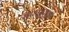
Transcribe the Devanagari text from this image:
सामुदधुनी